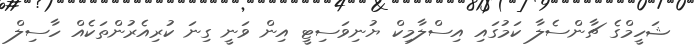
ޝަހީމްގެ ޗާންސެލާ ކަމުގައި އިސްލާމިކް ޔުނިވަސިޓީ އިން ވަނީ ގިނަ ކުރިއެރުންތަކެއް ހާސިލް